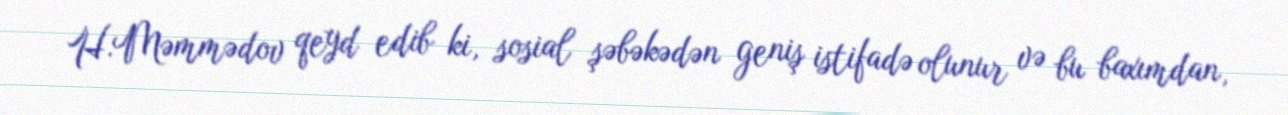
H.Məmmədov qeyd edib ki, sosial şəbəkədən geniş istifadə olunur və bu baxımdan,